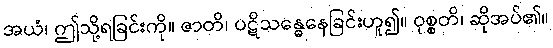
အယံ၊ ဤသို့ရခြင်းကို။ ဇာတိ၊ ပဋိသန္ဓေနေခြင်းဟူ၍။ ဝုစ္စတိ၊ ဆိုအပ်၏။